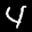
Label: 4